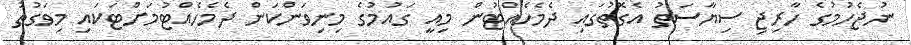
ނުޖެހުމުގެ ހާރިޖި ސިޔާސަތު އެގޮތުގައި ދެމެހެއްޓުން މިއީ ގައުމުގެ މިނިވަންކަން ދެމެހެއްޓުމަށްޓަކައި މިވަގުތު